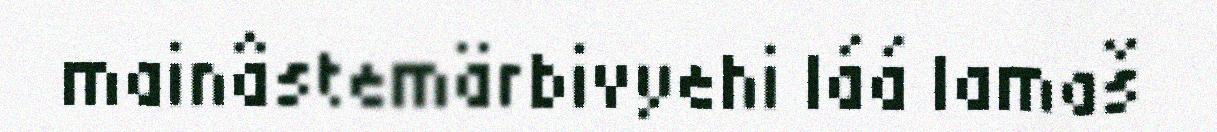
mainâstemärbivyehi láá lamaš